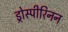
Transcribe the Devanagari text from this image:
ड्रोस्पीरिनन